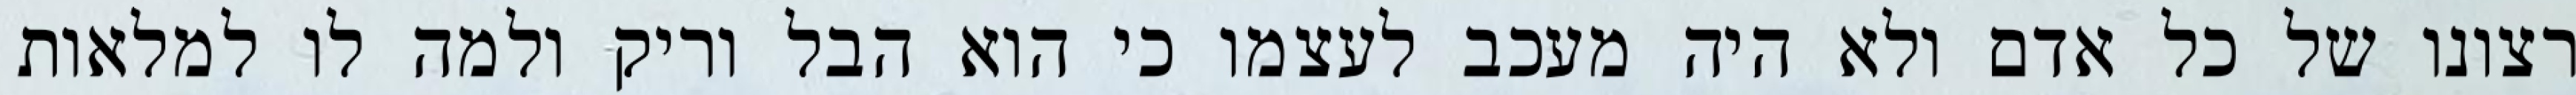
רצונו של כל אדם ולא היה מעכב לעצמו כי הוא הבל וריק ולמה לו למלאות